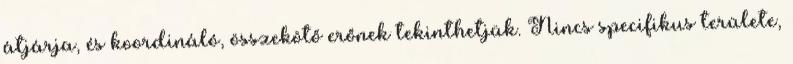
átjárja, és koordináló, összekötő erőnek tekinthetjük. Nincs specifikus területe,